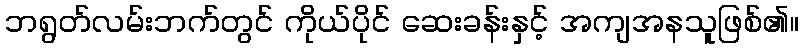
ဘရွတ်လမ်းဘက်တွင် ကိုယ်ပိုင် ဆေးခန်းနှင့် အကျအနသူဖြစ်၏။